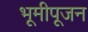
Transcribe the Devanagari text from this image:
भूमीपूजन